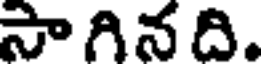
సా గిన ది.